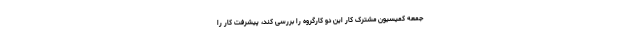
جمعه کمیسیون مشترک کار این دو کارگروه را بررسی کند، پیشرفت کار را